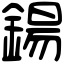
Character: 鍚